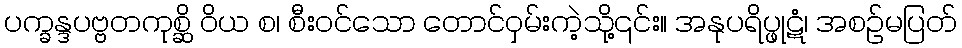
ပက္ခန္ဒပဗ္ဗတကုစ္ဆိ ဝိယ စ၊ စီးဝင်သော တောင်ဝှမ်းကဲ့သို့၎င်း။ အနုပရိပ္ဖုဋံ၊ အစဉ်မပြတ်